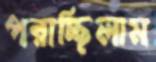
পরাচ্ছিলাম